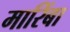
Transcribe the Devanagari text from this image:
मारिंबा